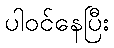
ပါဝင်နေပြီး